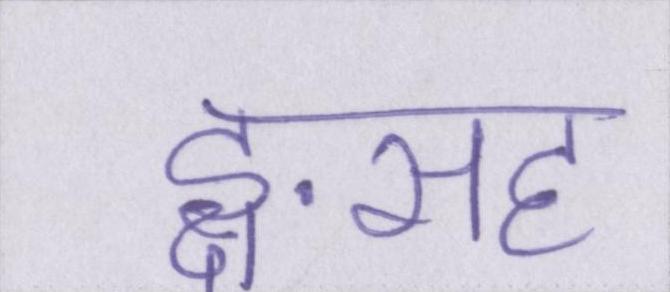
ङ्क्षसह